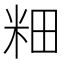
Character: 𫂺